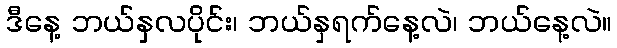
ဒီနေ့ ဘယ်နှလပိုင်း၊ ဘယ်နှရက်နေ့လဲ၊ ဘယ်နေ့လဲ။